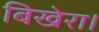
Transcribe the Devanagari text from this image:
बिखेरा।